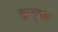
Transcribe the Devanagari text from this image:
कूचुक